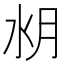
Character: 𣍤